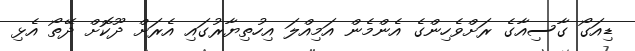
ޑިއަގޯ ގާސިއާގެ ރަށްވެހިންގެ އެންމެން އަމިއްލަ އިހުތިޔާރުގައި އެރަށް ދޫކޮށް ދޭތޯ އެޅި